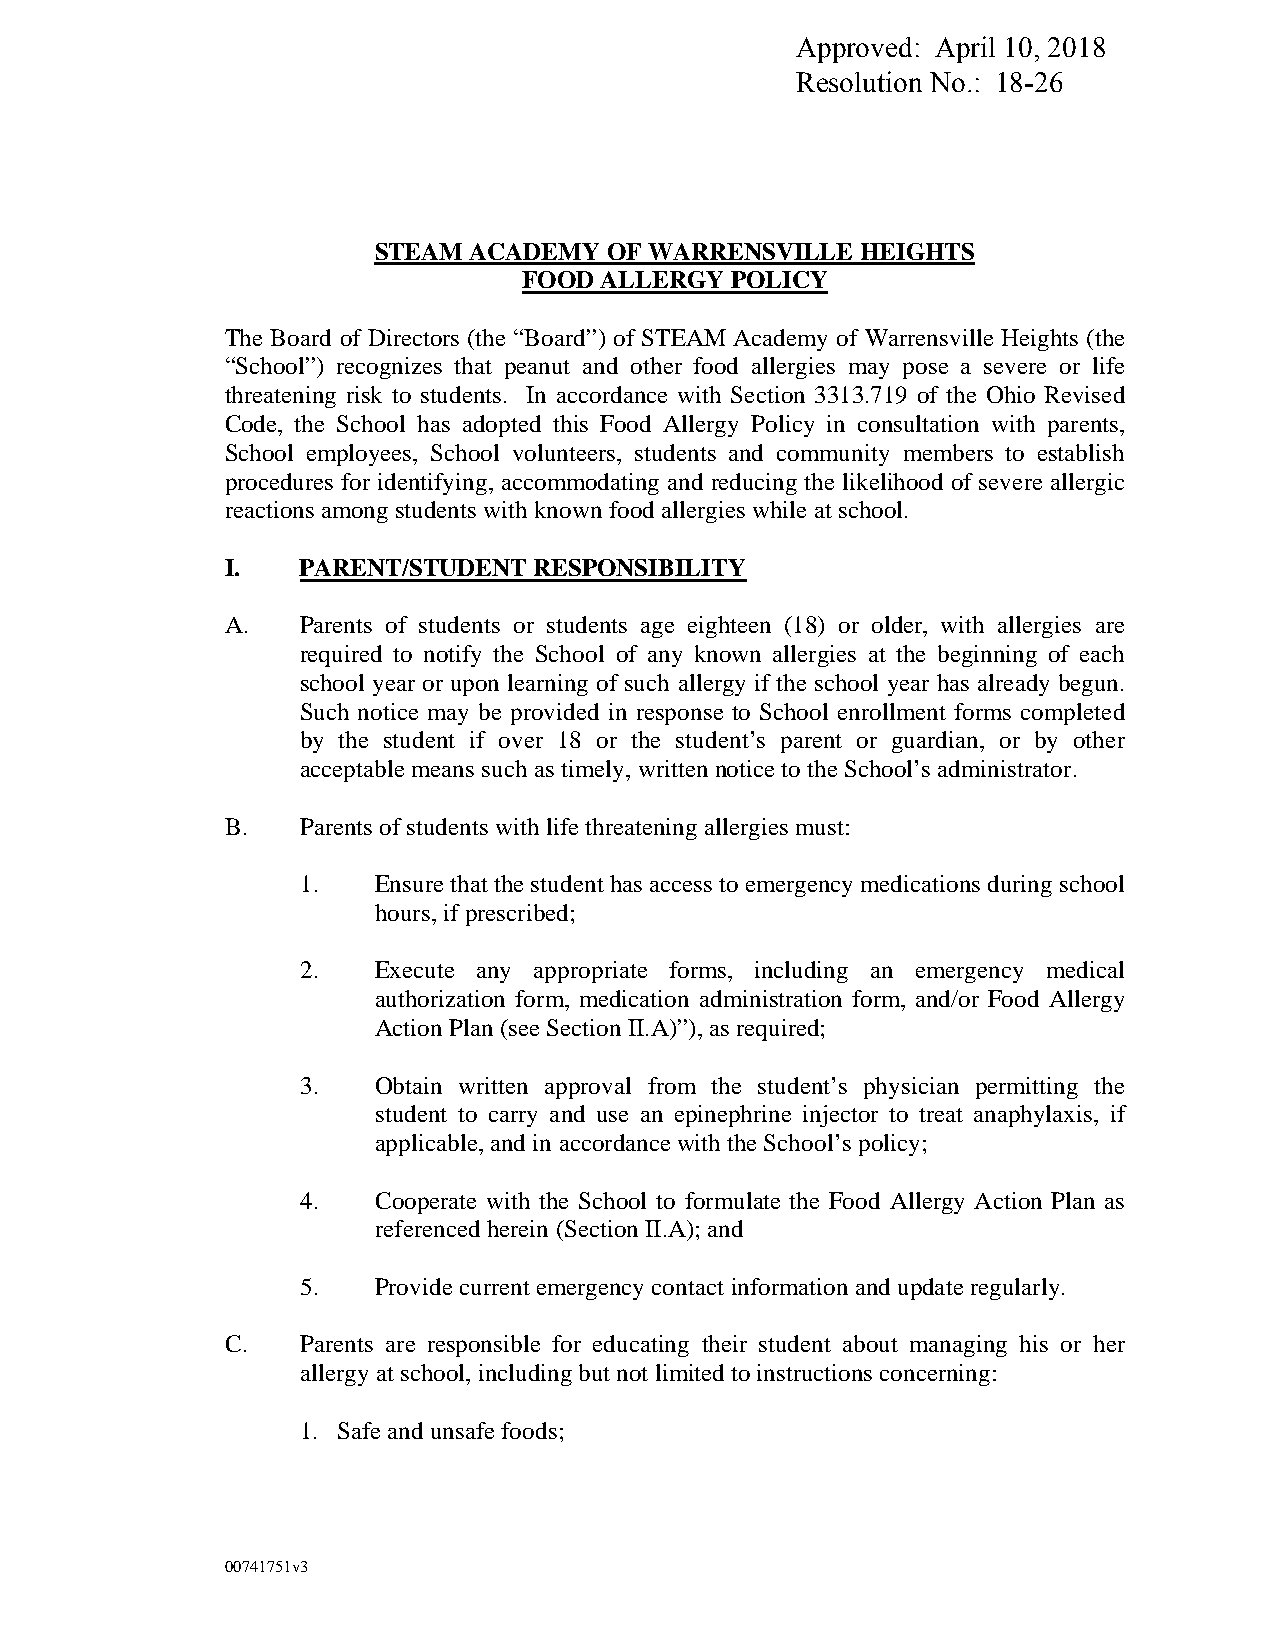
Approved: April 10, 2018
 Resolution No.: 18-26
 STEAM ACADEMY  OF WARRENSVILLE  HEIGHTS
 FOOD ALLERGY POLICY
 The Board of Directors (the “Board”) of STEAM Academy of Warrensville Heights (the
 “School”) recognizes that peanut and other food allergies may pose a severe or life
 threatening risk to students. In accordance with Section 3313.719 of the Ohio Revised
 Code, the School has adopted this Food Allergy Policy in consultation with parents,
 School employees, School volunteers, students and community members to establish
 procedures for identifying, accommodating and reducing the likelihood of severe allergic
 reactions among students with known food allergies while at school.
 I.   PARENT/STUDENT RESPONSIBILITY
 A.   Parents of students or students age eighteen (18) or older, with allergies are
 required to notify the School of any known allergies at the beginning of each
 school year or upon learning of such allergy if the school year has already begun.
 Such notice may be provided in response to School enrollment forms completed
 by the student if over 18 or the student’s parent or guardian, or by other
 acceptable means such as timely, written notice to the School’s administrator.
 B.   Parents of students with life threatening allergies must:
 1.   Ensure that the student has access to emergency medications during school
 hours, if prescribed;
 2.   Execute any appropriate forms, including an emergency medical
 authorization form, medication administration form, and/or Food Allergy
 Action Plan (see Section II.A)”), as required;
 3.   Obtain written approval from the student’s physician permitting the
 student to carry and use an epinephrine injector to treat anaphylaxis, if
 applicable, and in accordance with the School’s policy;
 4.   Cooperate with the School to formulate the Food Allergy Action Plan as
 referenced herein (Section II.A); and
 5.   Provide current emergency contact information and update regularly.
 C.   Parents are responsible for educating their student about managing his or her
 allergy at school, including but not limited to instructions concerning:
 1. Safe and unsafe foods;
 00741751v3